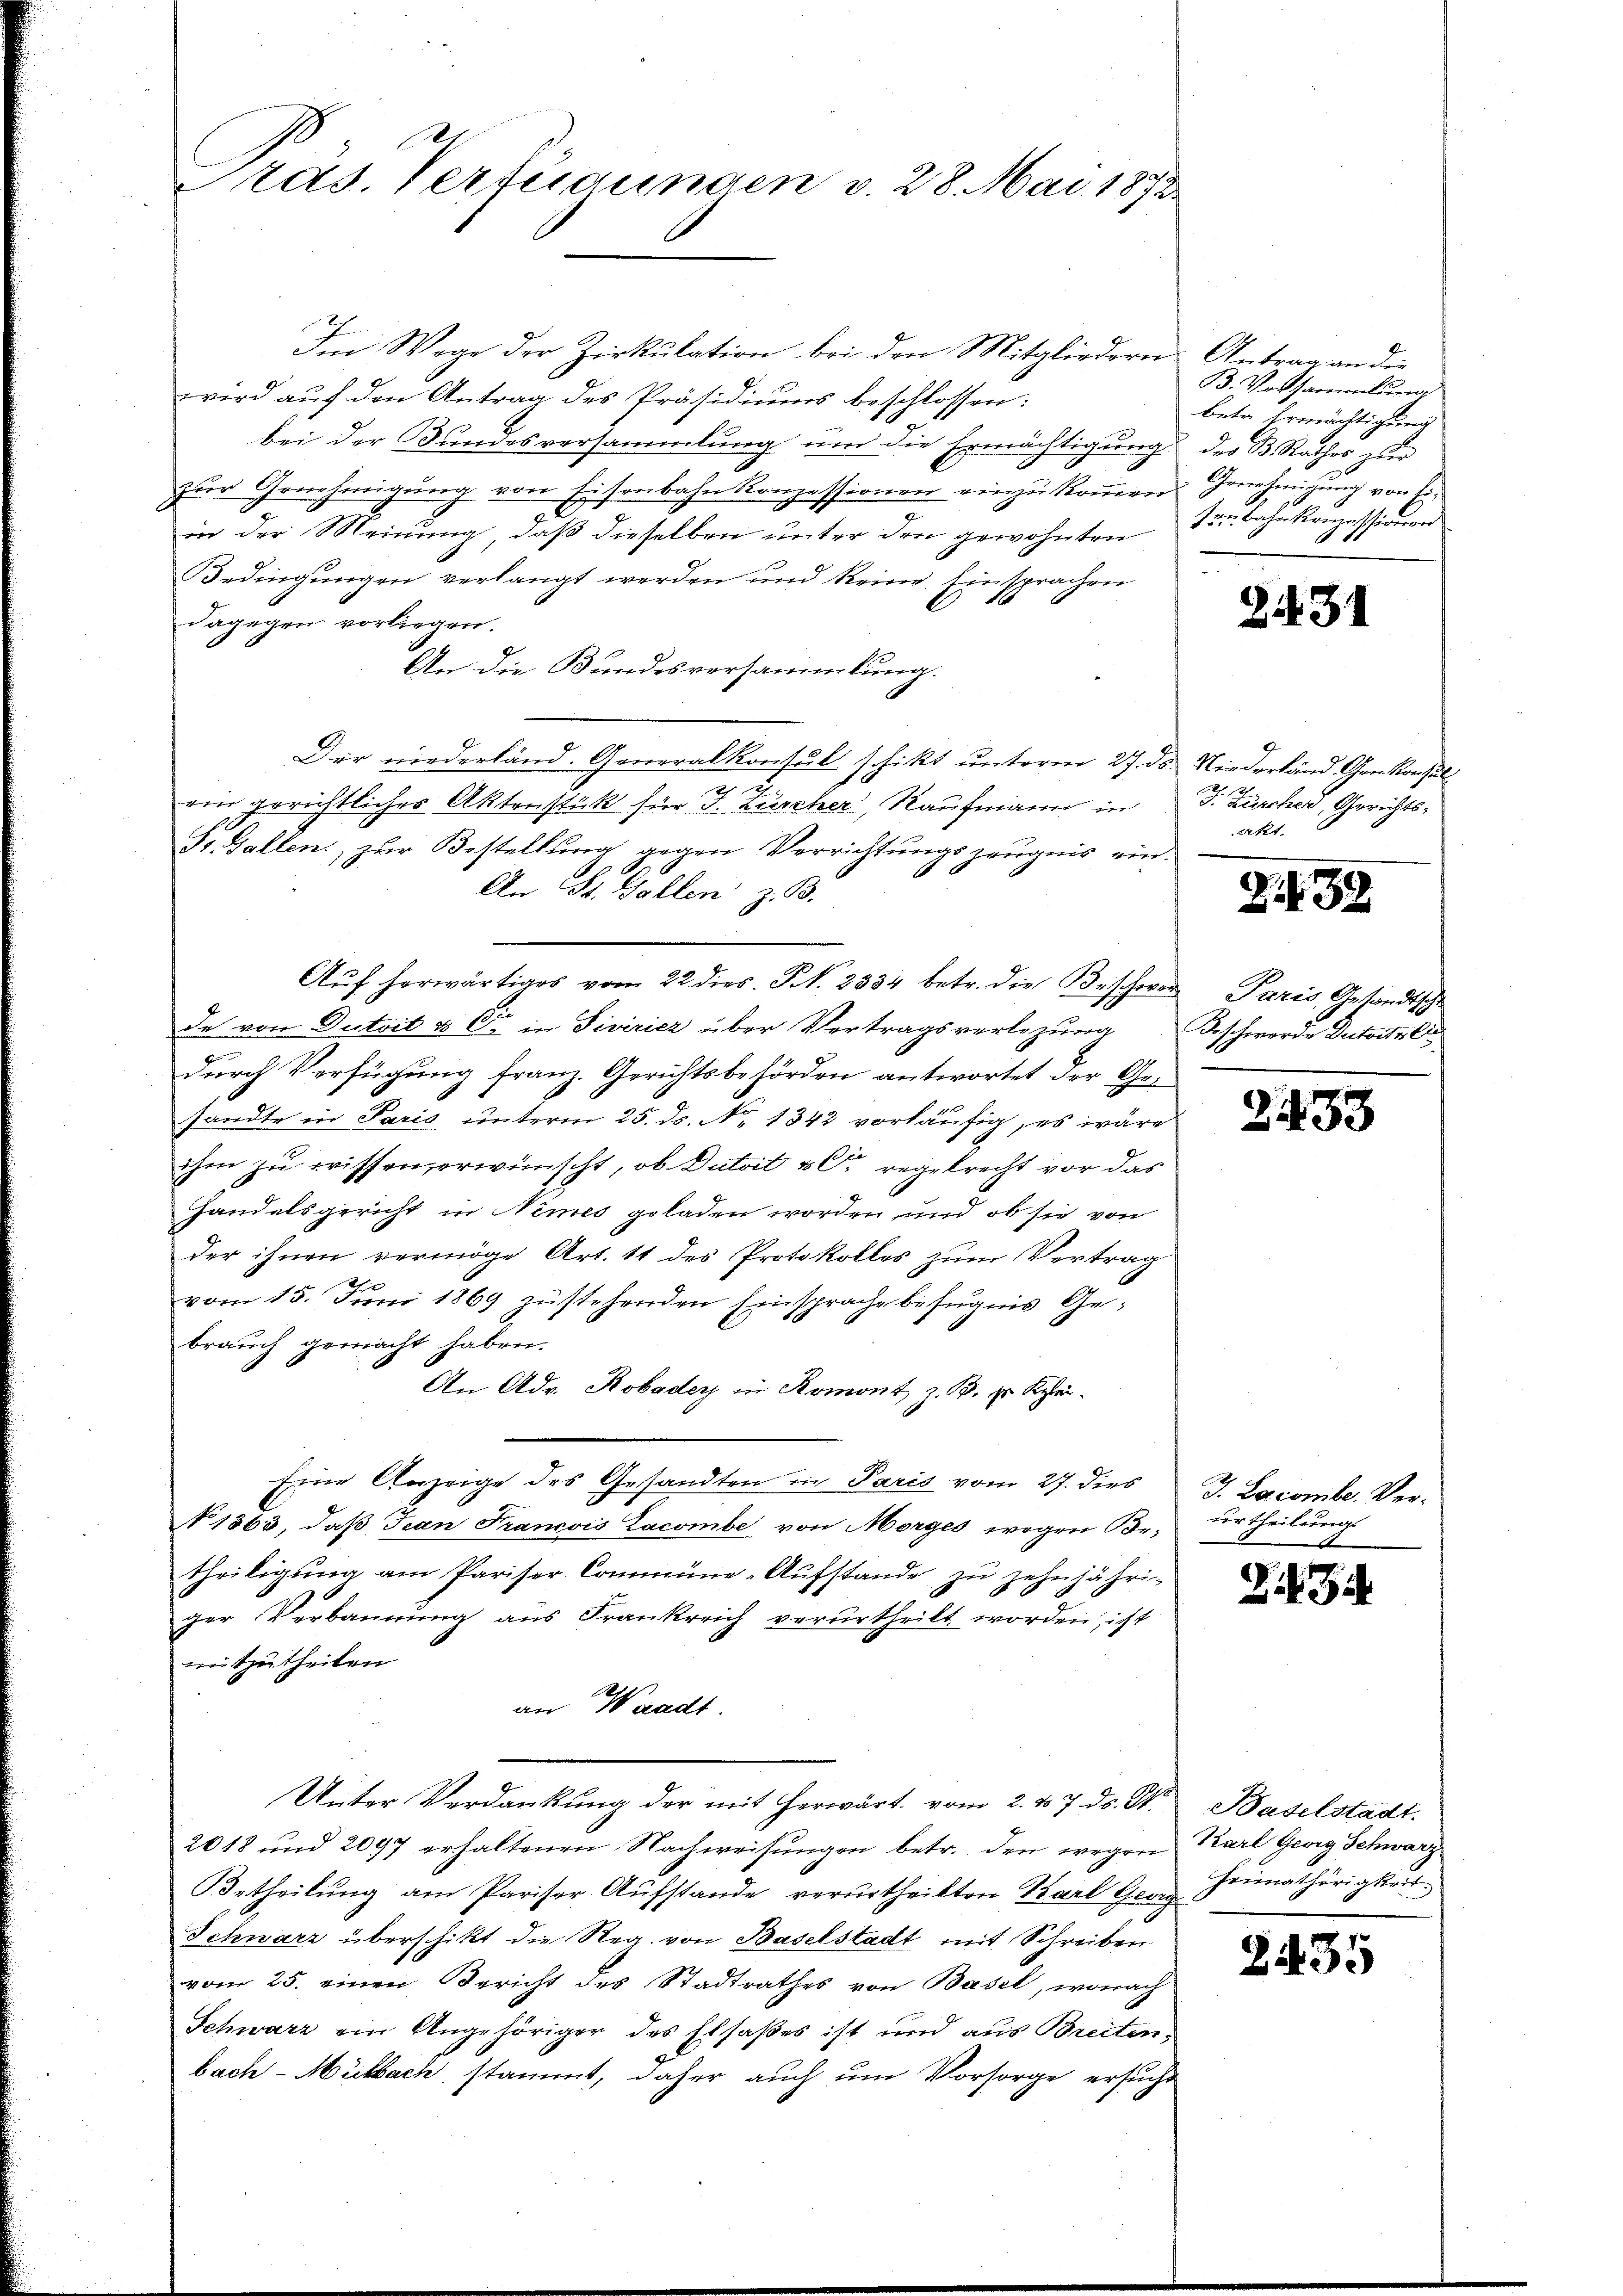
ras. Verteigungen v. 28. Mai 1872

Im Wege der Zirkulation bei den Mitgliedern Antrag an die
wird auf den Antrag des Präsidiums beschlossen:
bei der Bundesversammlung um die Ermächtigung des B. Rathes zur
zur Genehmigung von Eisenbahn Konzessionen einzukommen. Genehmigung von Ei
in der Meinung, daß dieselben unter den gewohnten
Bedingungen verlangt werden und keine Einsprachen
dagegen vorliegen.
An die Bundesversammlung.
Dir niederländ. Generalkonsul schikt unterm 27. ds. Niederland Gern konsul
ein gerichtlicher Aktenstück für J. Zürcher, Kaufmann in
St. Gallen, zur Bestellung gegen Verrichtungszeugnis ein.
An St. Gallen z. B.
Aŭf herwärtiges vom 22. dies. S. 2334 betr. die Bescheren Paris Gesandtsche
de von Dutoit & Cie in Fisirier über Vertragsverlegung Beschwerde Datoitzli
durch Verfügung franz. Gerichtsbehörden antwortet der Gesandte in Paris, unterm 25. ds. No. 1843 vorläufig, es wäre
ihm zu wissen, erwünscht, ob Dutoit u. regelrecht vor das
Handelsgericht in Nimes geladen worden und ob sie von
der ihnen vermöge Art. 11 des Protokolles zum Vertrag
vom 15. Juni 1869 zustehenden Einsprache befugnis Gebrauch gemacht haben.
An Adv. Robader in Romont, z. B. H. Schrei¬
Eine Anzeige des Gesandten in Paris vom 27. dies
N 1863, daß Jean Francois Lacombe von Morges wegen Betheiligŭng am Pariser-Commüne-Aŭfstande zŭ zehnjähri-
ger Verbannung aus Frankreich verurtheilt worden, ist
weitzutheilen
an Waadt
Unter Verdankung der mit herwärt. vom 2. d. 7. ds. St.
2018 und 2097 erhaltenen Nachweisŭngen betr. den wegen Karl Georg Schwarz
Betheilung am Pariser Aufstande verurtheilten Karl Georg
Schwarz überschikt die Reg. von Baselstadt mit Schreiben
vom 25. einen Bericht des Stadtrathes von Basel, wonach
Schwarz ein Angehöriger des Elsaßes ist und aus Breiten,
bach-Mülach stammt, daher auch um Vorsorge ersucht

B. Vorsammlung
betr. Ermächtigung
13. Bahnkonzessionen

231

J. Zürcher, Gerichtsakt.

252

2433

J. Lacomber Verurtheilung
u

Z 3

Baselstadt.
Heimathörigkeit.

2435